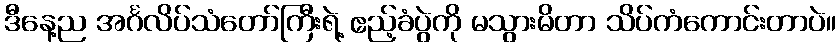
ဒီနေ့ည အင်္ဂလိပ်သံတော်ကြီးရဲ့ ဧည့်ခံပွဲကို မသွားမိတာ သိပ်ကံကောင်းတာပဲ။